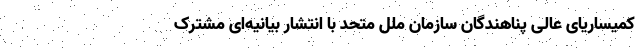
کمیساریای عالی پناهندگان سازمان ملل متحد با انتشار بیانیه‌ای مشترک